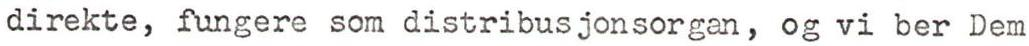
direkte, fungere som distribusjonsorgan, og vi ber Dem